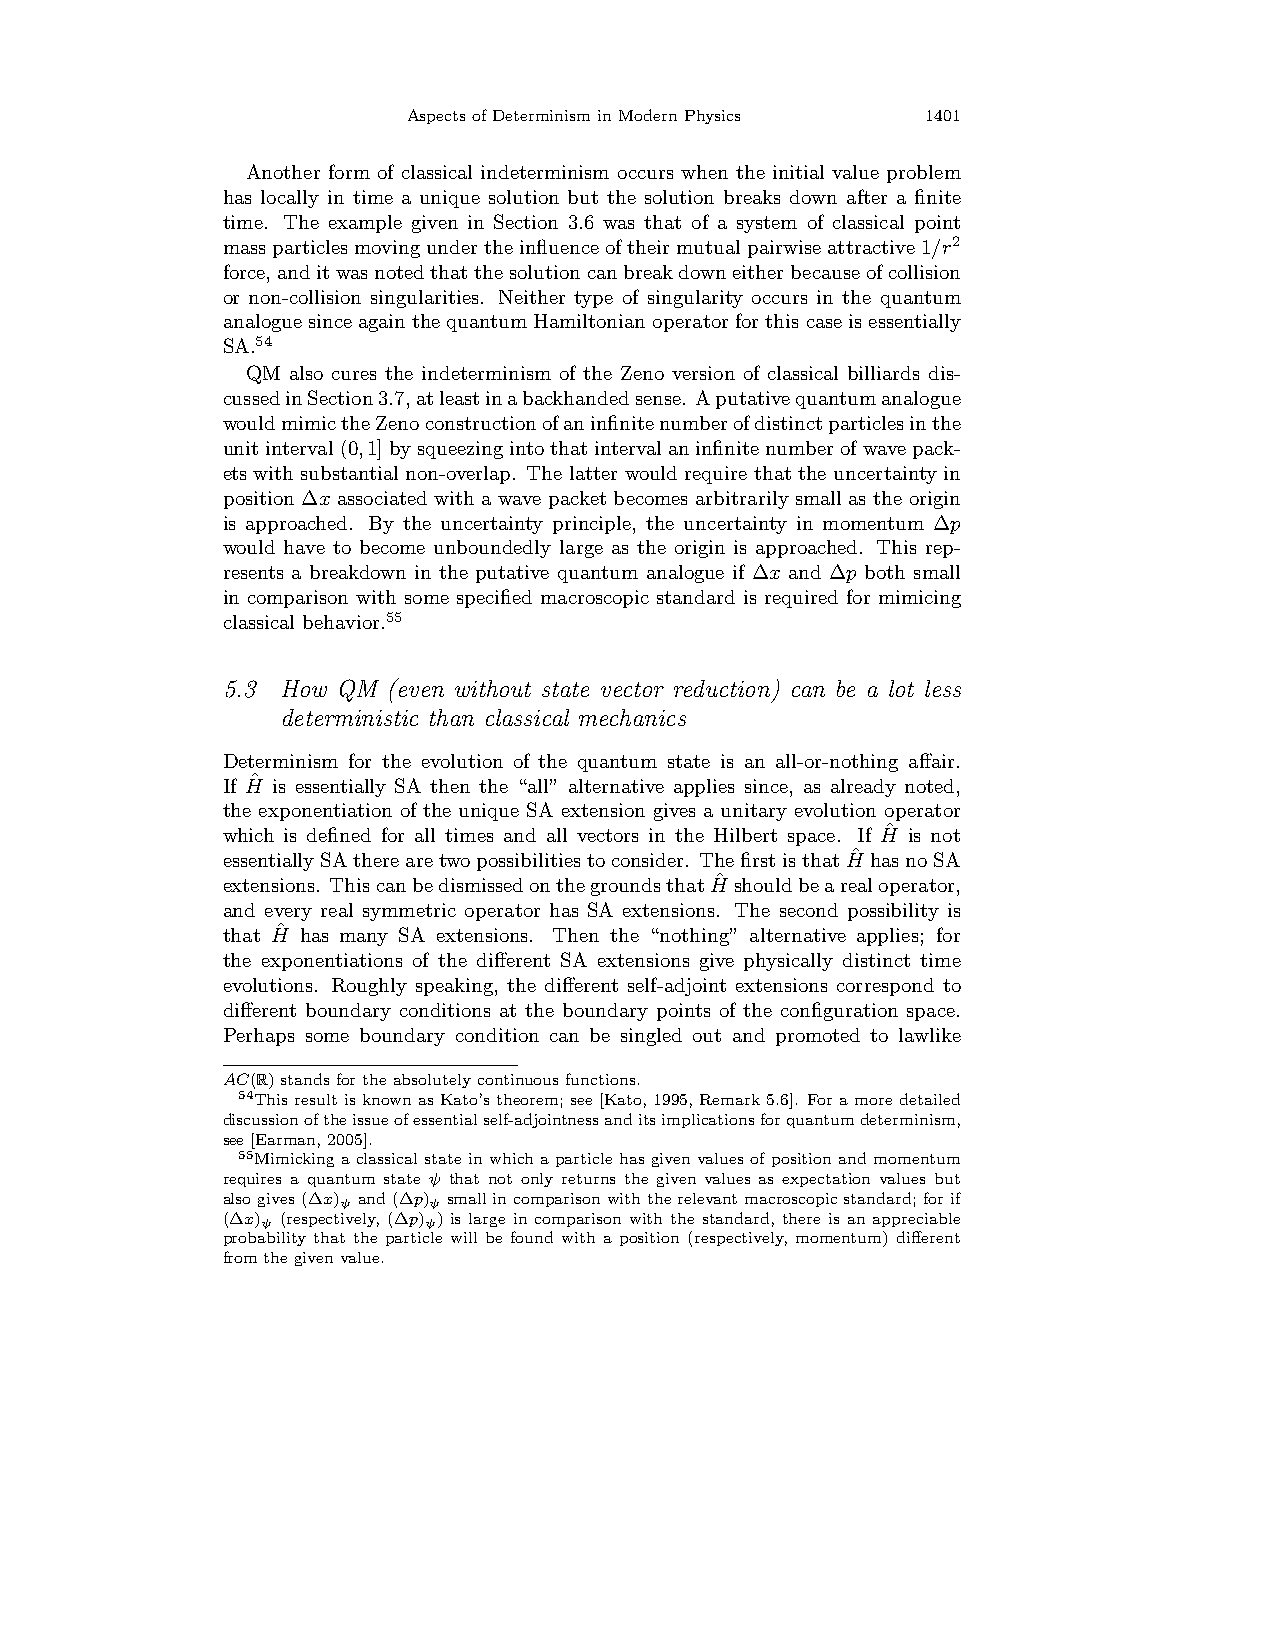
AspectsofDeterminisminModernPhysics 1401
 Another form of classical indeterminism occurs when the initial value problem
 has locally in time a unique solution but the solution breaks down after a finite
 time. The example given in Section 3.6 was that of a system of classical point
 massparticlesmovingundertheinfluenceoftheirmutualpairwiseattractive1/r2
 force,anditwasnotedthatthesolutioncanbreakdowneitherbecauseofcollision
 or non-collision singularities. Neither type of singularity occurs in the quantum
 analoguesinceagainthequantumHamiltonianoperatorforthiscaseisessentially
 SA.54
 QM also cures the indeterminism of the Zeno version of classical billiards dis-
 cussedinSection3.7,atleastinabackhandedsense. Aputativequantumanalogue
 wouldmimictheZenoconstructionofaninfinitenumberofdistinctparticlesinthe
 unitinterval(0,1]bysqueezingintothatintervalaninfinitenumberofwavepack-
 ets with substantial non-overlap. The latter would require that the uncertainty in
 position ∆x associated with a wave packet becomes arbitrarily small as the origin
 is approached. By the uncertainty principle, the uncertainty in momentum ∆p
 would have to become unboundedly large as the origin is approached. This rep-
 resents a breakdown in the putative quantum analogue if ∆x and ∆p both small
 in comparison with some specified macroscopic standard is required for mimicing
 classical behavior.55
 5.3 How QM (even without state vector reduction) can be a lot less
 deterministic than classical mechanics
 Determinism for the evolution of the quantum state is an all-or-nothing affair.
 If Hˆ is essentially SA then the “all” alternative applies since, as already noted,
 the exponentiation of the unique SA extension gives a unitary evolution operator
 which is defined for all times and all vectors in the Hilbert space. If Hˆ is not
 essentiallySAtherearetwopossibilitiestoconsider. ThefirstisthatHˆ hasnoSA
 extensions. ThiscanbedismissedonthegroundsthatHˆ shouldbearealoperator,
 and every real symmetric operator has SA extensions. The second possibility is
 that Hˆ has many SA extensions. Then the “nothing” alternative applies; for
 the exponentiations of the different SA extensions give physically distinct time
 evolutions. Roughly speaking, the different self-adjoint extensions correspond to
 different boundary conditions at the boundary points of the configuration space.
 Perhaps some boundary condition can be singled out and promoted to lawlike
 AC(R)standsfortheabsolutelycontinuousfunctions.
 54ThisresultisknownasKato’stheorem; see[Kato, 1995, Remark5.6]. Foramoredetailed
 discussionoftheissueofessentialself-adjointnessanditsimplicationsforquantumdeterminism,
 see[Earman,2005].
 55Mimicking a classical state in which a particle has given values of position and momentum
 requires a quantum state ψ that not only returns the given values as expectation values but
 alsogives(∆x)ψ and(∆p)ψ smallincomparisonwiththerelevantmacroscopicstandard;forif
 (∆x)ψ (respectively, (∆p)ψ) is large in comparison with the standard, there is an appreciable
 probability that the particle will be found with a position (respectively, momentum) different
 fromthegivenvalue.